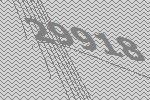
29918